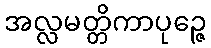
အလ္လမတ္တိကာပုဉ္ဇေ